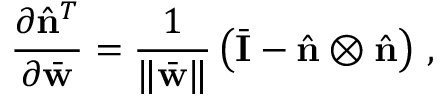
\frac { \partial \hat { \bf n } ^ { T } } { \partial \bar { \bf w } } = \frac { 1 } { \| \bar { \bf w } \| } \left( \bar { \bf I } - \hat { \bf n } \otimes \hat { \bf n } \right) \, ,